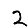
Digit: 2